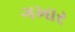
ગખાર